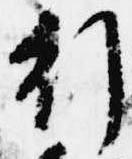
行